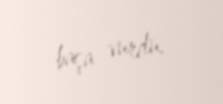
başa vurdu.